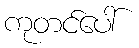
ကုတင်ပေါ်